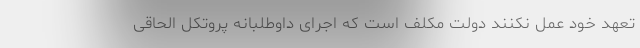
تعهد خود عمل نکنند دولت مکلف است که اجرای داوطلبانه پروتکل الحاقی